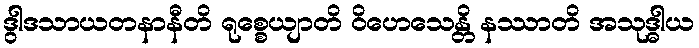
ဒွါဒသာယတနာနီတိ ရုစ္စေယျာတိ ဝိဟေသေန္တိ နဿာတိ အသုဒ္ဓါယ